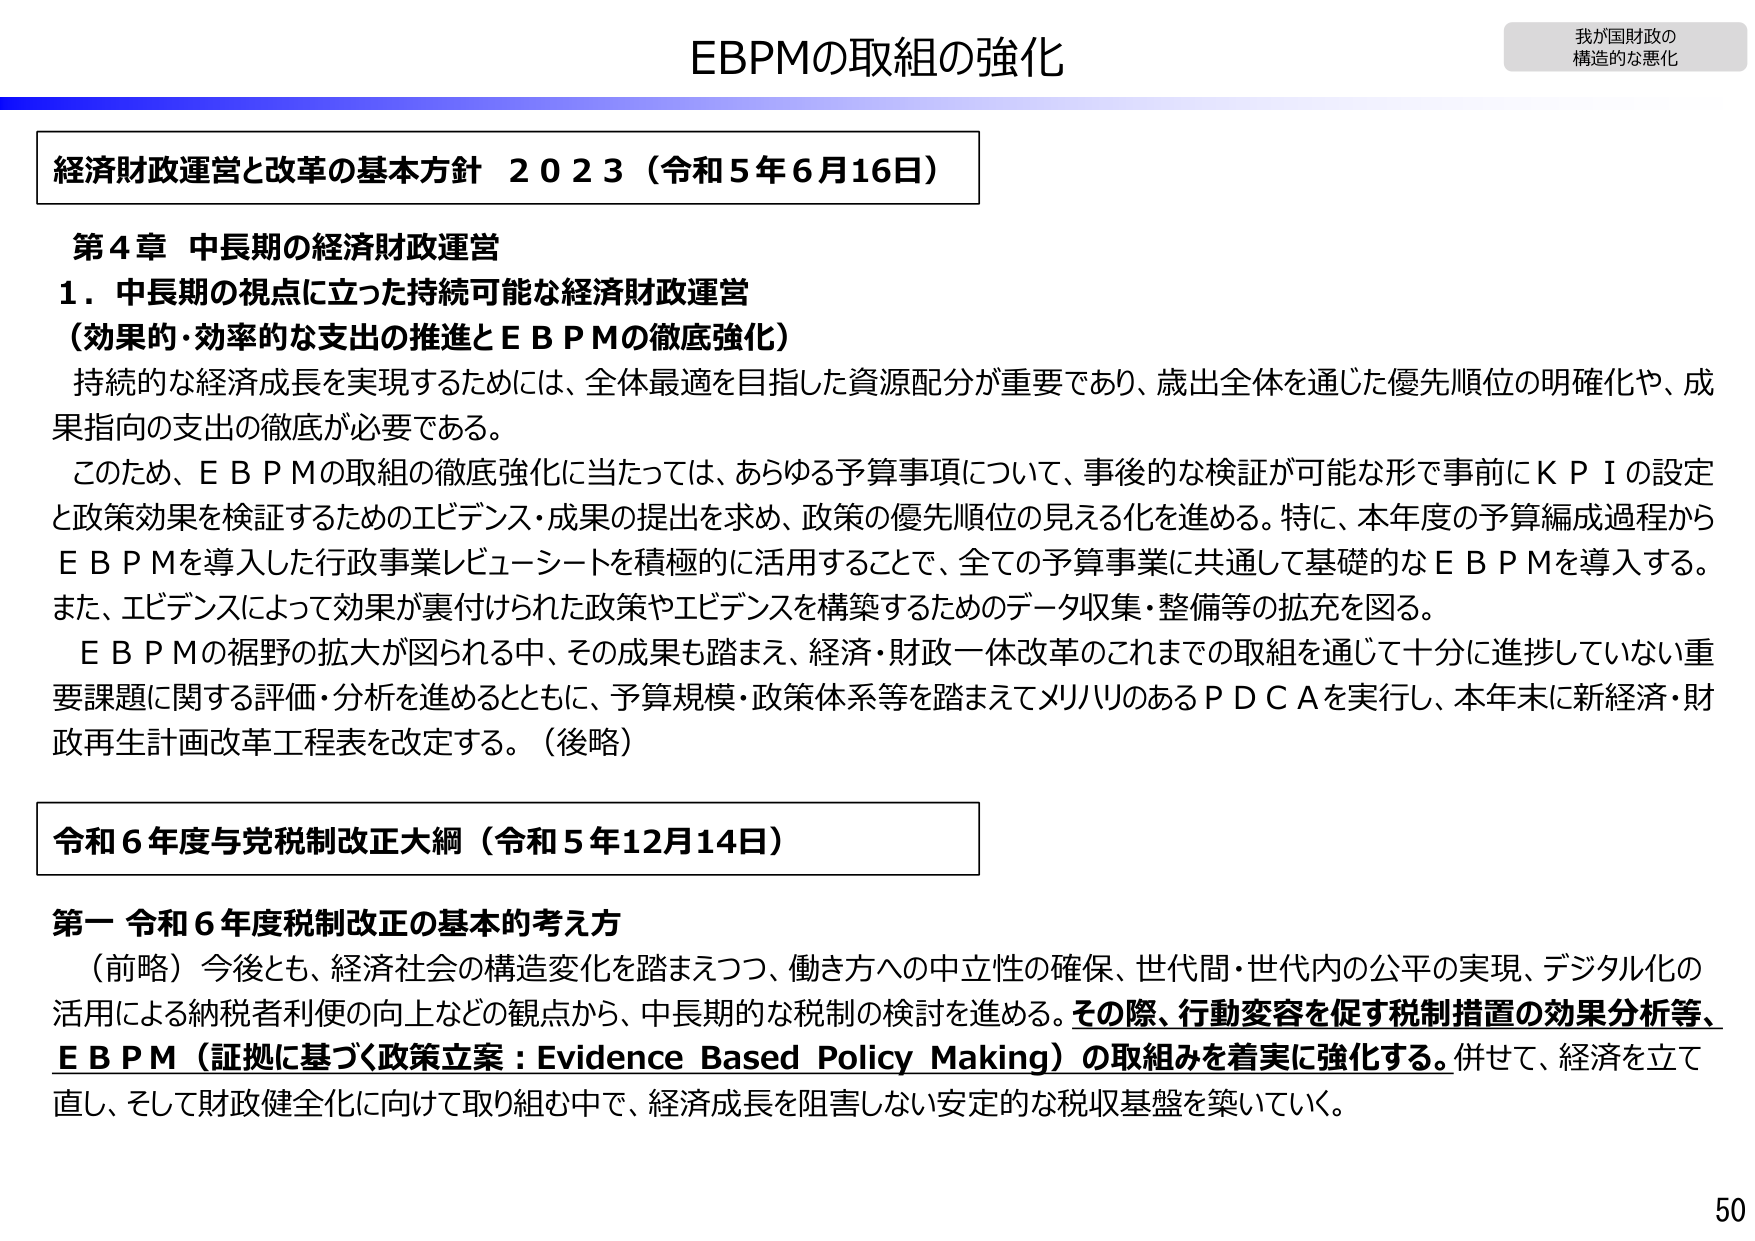
EBPMの取組の強化

我が国財政の
構造的な悪化

経済財政運営と改革の基本方針 2023（令和5年6月16日）

第4章 中長期の経済財政運営
1．中長期の視点に立った持続可能な経済財政運営
（効果的・効率的な支出の推進とＥＢＰＭの徹底強化）
持続的な経済成長を実現するためには、全体最適を目指した資源配分が重要であり、歳出全体を通じた優先順位の明確化や、成果指向の支出の徹底が必要である。
このため、ＥＢＰＭの取組の徹底強化に当たっては、あらゆる予算事項について、事後的な検証が可能な形で事前にＫＰＩの設定と政策効果を検証するためのエビデンス・成果の提出を求め、政策の優先順位の見える化を進める。特に、本年度の予算編成過程からＥＢＰＭを導入した行政事業レビュー・シートを積極的に活用することで、全ての予算事業に共通して基礎的なＥＢＰＭを導入する。また、エビデンスによって効果が裏付けられた政策やエビデンスを構築するためのデータ収集・整備等の拡充を図る。
ＥＢＰＭの裾野の拡大が図られる中、その成果も踏まえ、経済・財政一体改革のこれまでの取組を通じて十分に進捗していない重要課題に関する評価・分析を進めるとともに、予算規模・政策体系等を踏まえてメリハリのあるＰＤＣＡを実行し、本年末に新経済・財政再生計画改革工程表を改定する。（後略）

令和6年度与党税制改正大綱（令和5年12月14日）

第一 令和6年度税制改正の基本的考え方
（前略）今後とも、経済社会の構造変化を踏まえつつ、働き方への中立性の確保、世代間・世代内の公平の実現、デジタル化の活用による納税者利便の向上などの観点から、中長期的な税制の検討を進める。その際、行動変容を促す税制措置の効果分析等、ＥＢＰＭ（証拠に基づく政策立案：Evidence Based Policy Making）の取組みを着実に強化する。併せて、経済を立て直し、そして財政健全化に向けて取り組む中で、経済成長を阻害しない安定的な税収基盤を築いていく。

50